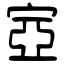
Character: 㝞